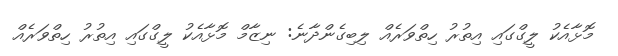
މޮޅާއެކު ލީގްގައި އިތުރު ހިތްވަރެއް ލިބިގެންދާނެ: ނިޒާމް މޮޅާއެކު ލީގްގައި އިތުރު ހިތްވަރެއް